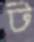
ট